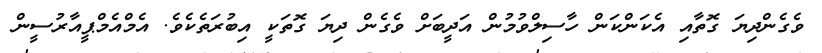
ވެގެންދިޔަ ގޮތާއި އެކަންކަން ހާސިލްވުމުން އަދީބަށް ވެގެން ދިޔަ ގޮތަކީ އިބުރަތެކެވެ. އެމްއެމްޕީއާރުސީން